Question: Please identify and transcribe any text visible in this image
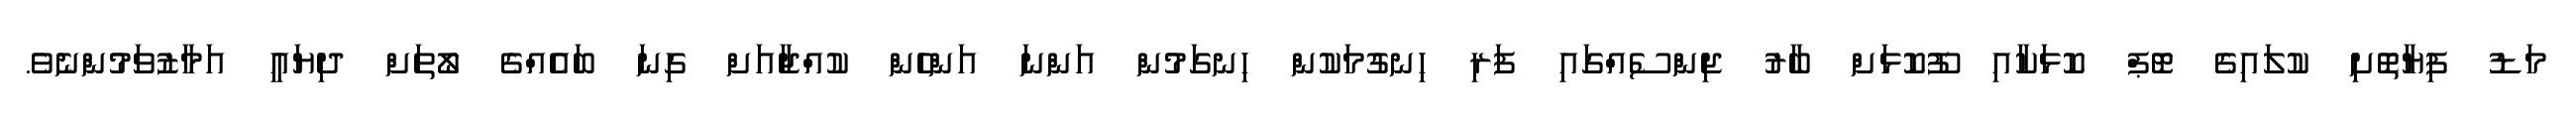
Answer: މަޑު ފިޔާތޮށި ކުލައިގެ ޓޮޕް ކޮޅަކާއި ފޫކޮޅަށް ބާރު ޖިންސެއްގައި ފަރި ހިނގުމަކުން ހިނގަމުން އަންނަ އަންހެން ކުއްޖާއަށް ގިނަ ބައެއްގެ ލޯތަށް ދިޔައީ އަމާޒުވަމުންނެވެ.